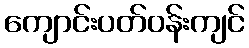
ကျောင်းပတ်ဝန်းကျင်